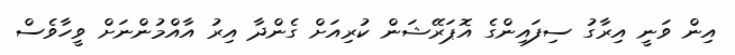
އިން ވަނީ އިރާގު ސިފައިންގެ އޮޕަރޭޝަން ކުރިއަށް ގެންދާ އިރު އާއްމުންނަށް ވީހާވެސް